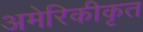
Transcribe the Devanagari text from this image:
अमेरिकीकृत